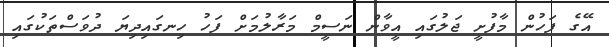
އޭގެ ފަހުން މާފުށީ ޖަލުގައި އީވާން ނަސީމް މަރާލުމަށް ފަހު ހިނގައިދިޔަ ދުވަސްތަކުގައި